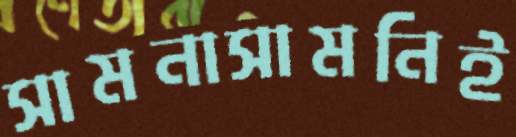
সামনাসামনিই